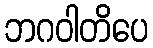
ဘဂဝါတိပေ